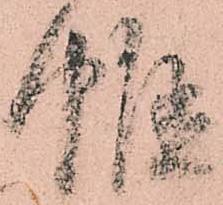
帷